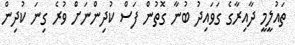
ތައުލީމީ ދާއިރާގެ ގަވައިދު ބުނާ ގޮތުން ފަސް ކުދިންނަށް ވުރެ ގިނަ ކުދިން